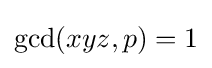
\gcd(xyz,p)=1